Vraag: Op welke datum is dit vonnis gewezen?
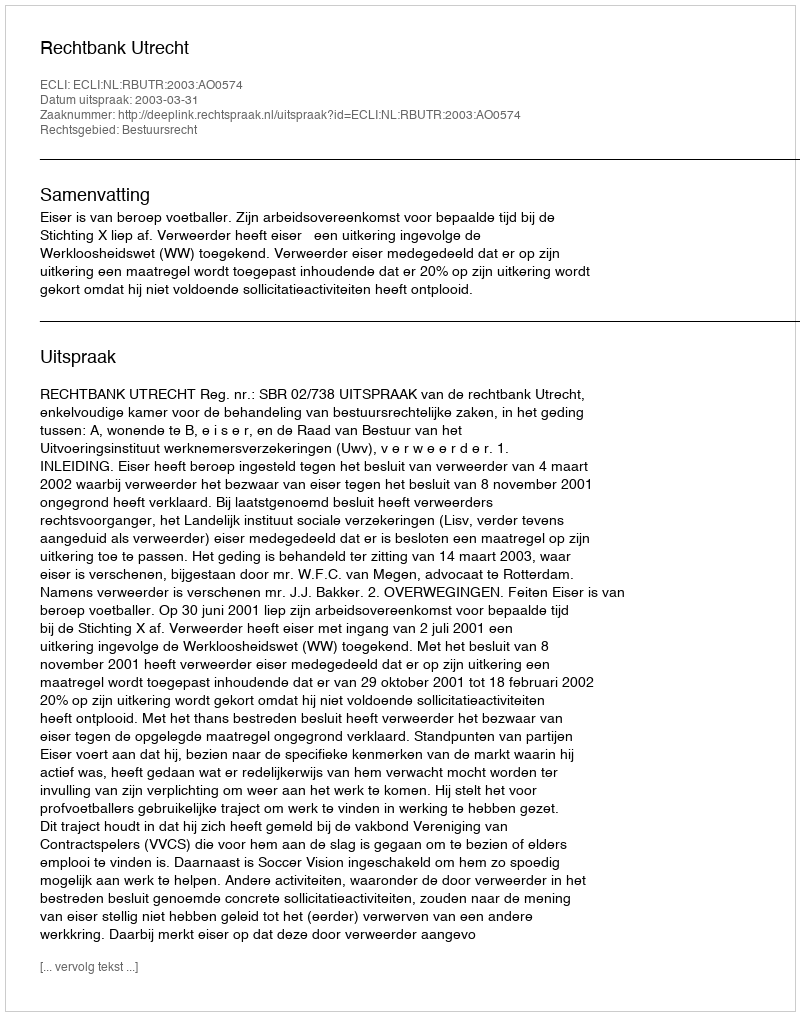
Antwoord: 2003-03-31